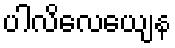
ပါလိလေယျေန